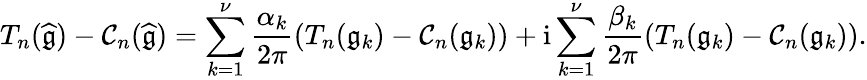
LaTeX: T_{n}(\widehat{\mathfrak{g}})-\mathcal{C}_{n}(\widehat{\mathfrak{g}})=\displaystyle\sum_{k=1}^{\nu}\frac{\alpha_{k}}{2\pi}\left(T_{n}(\mathfrak{g}_{k})-\mathcal{C}_{n}(\mathfrak{g}_{k})\right)+\mathrm{i}\displaystyle\sum_{k=1}^{\nu}\frac{\beta_{k}}{2\pi}\left(T_{n}(\mathfrak{g}_{k})-\mathcal{C}_{n}(\mathfrak{g}_{k})\right).